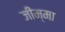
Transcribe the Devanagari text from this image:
जीम्मा